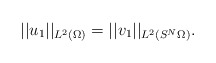
\begin{align*}||u_1||_{L^2(\Omega)} = ||v_1||_{L^2(S^N\Omega)} .\end{align*}